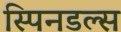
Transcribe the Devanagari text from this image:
स्पिनडल्स